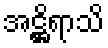
အဋ္ဌိရာသိ